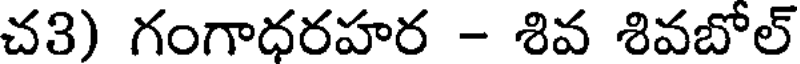
చ3) గంగాధరహర - శివ శివబోల్